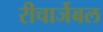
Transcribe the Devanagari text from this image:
रीचार्जेबल